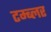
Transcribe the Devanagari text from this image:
टम्ब्लर